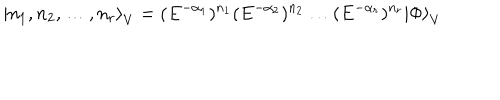
LaTeX: { \left| n _ { 1 } , n _ { 2 } , \dots , n _ { r } \right\rangle } _ { V } = ( E ^ { - \alpha _ { 1 } } ) ^ { n _ { 1 } } ( E ^ { - \alpha _ { 2 } } ) ^ { n _ { 2 } } \dots ( E ^ { - \alpha _ { r } } ) ^ { n _ { r } } { | \Phi \rangle } _ { V }